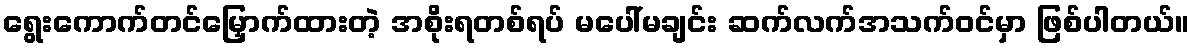
ရွေးကောက်တင်မြှောက်ထားတဲ့ အစိုးရတစ်ရပ် မပေါ်မချင်း ဆက်လက်အသက်ဝင်မှာ ဖြစ်ပါတယ်။